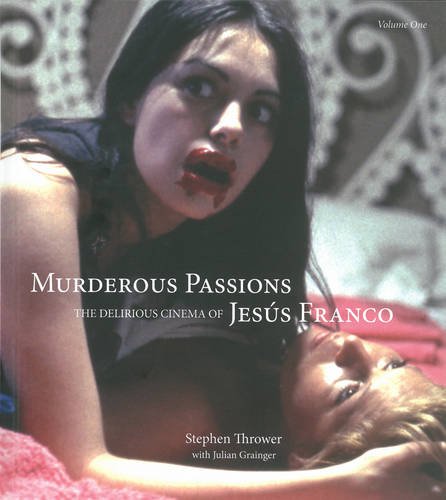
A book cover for Murderous Passions: The Delirious Cinema of Jesus Franco; Stephen Thrower; Humor & Entertainment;